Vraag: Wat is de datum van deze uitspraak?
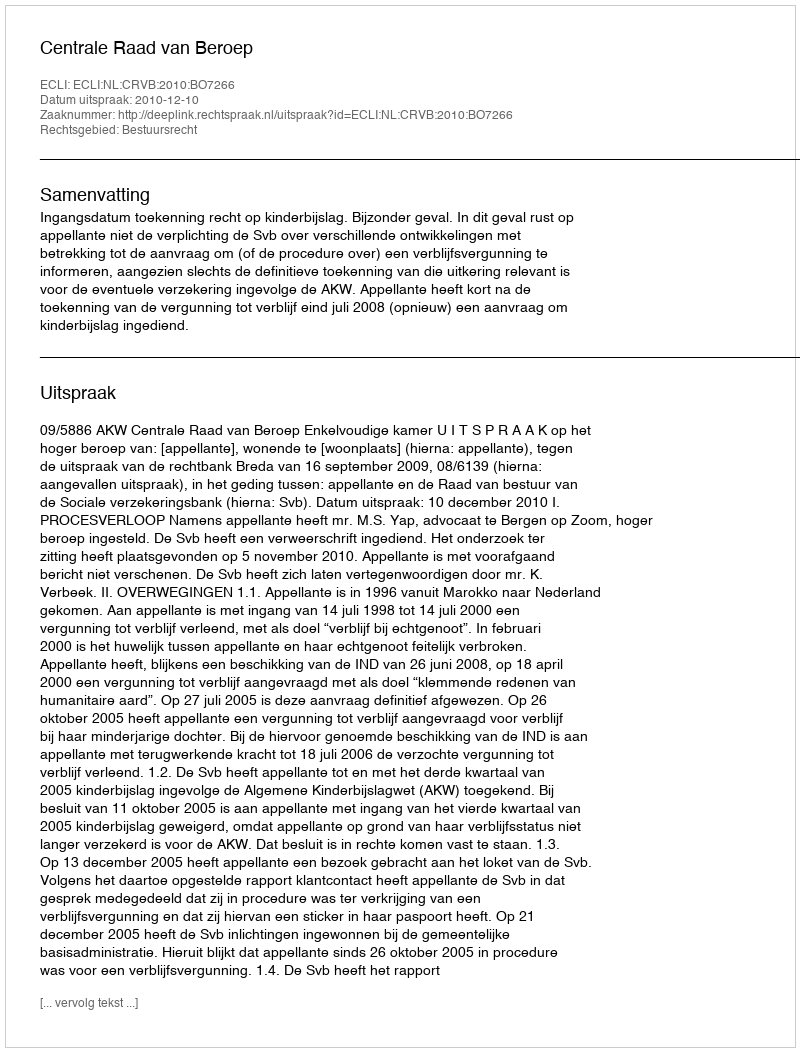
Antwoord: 2010-12-10